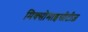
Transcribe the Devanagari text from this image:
मिक्सोमाइसीटीज़